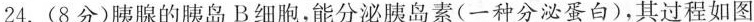
24.(8分)胰腺的胰岛B细胞，能分泌胰岛素(一种分泌蛋白)，其过程如图